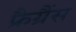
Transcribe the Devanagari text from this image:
फ्रैग्रैंस